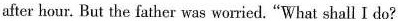
after hour. But the father was worried. “What shall I do?